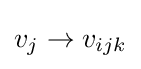
v_{j}\rightarrow v_{ijk}